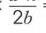
$\frac{}{2b}=$